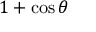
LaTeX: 1 + \cos \theta